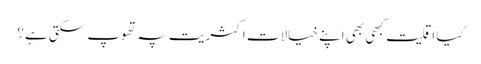
کیا اقلیت کبھی بھی اپنے خیالات اکثریت پہ تھوپ سکتی ہے؟